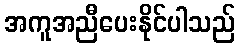
အကူအညီပေးနိုင်ပါသည်